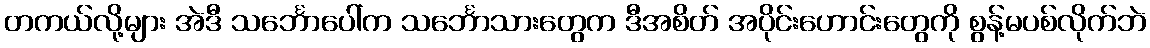
တကယ်လို့များ အဲဒီ သင်္ဘောပေါ်က သင်္ဘောသားတွေက ဒီအစိတ် အပိုင်းဟောင်းတွေကို စွန့်မပစ်လိုက်ဘဲ